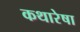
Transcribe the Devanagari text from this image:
कथारेषा